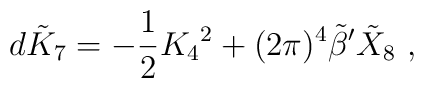
d\tilde K_7=-{1\over2}K_4{}^2 + (2\pi)^4{\tilde \beta}'{\tilde X}_8\ ,